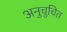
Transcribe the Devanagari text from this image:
अनुचुचित